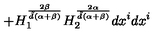
+ H _ { 1 } ^ { \frac { 2 \beta } { { \tilde { d } } ( \alpha + \beta ) } } H _ { 2 } ^ { \frac { 2 \alpha } { { \tilde { d } } ( \alpha + \beta ) } } d x ^ { i } d x ^ { i }